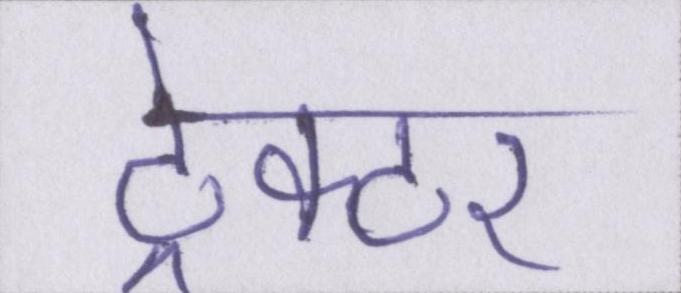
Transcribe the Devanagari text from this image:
ट्रेक्टर